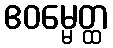
ဧဝမ္မေတ္ထ